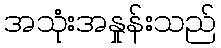
အသုံးအနှုန်းသည်